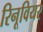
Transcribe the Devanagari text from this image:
रिनूवियर